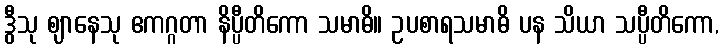
ဒွီသု ဈာနေသု ဧကဂ္ဂတာ နိပ္ပီတိကော သမာဓိ။ ဥပစာရသမာဓိ ပန သိယာ သပ္ပီတိကော,